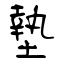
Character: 墊